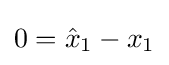
0={\hat {x}}_{1}-x_{1}